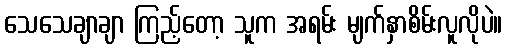
သေသေချာချာ ကြည့်တော့ သူက အရမ်း မျက်နှာစိမ်းလူလိုပဲ။